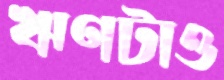
ঋণটাও